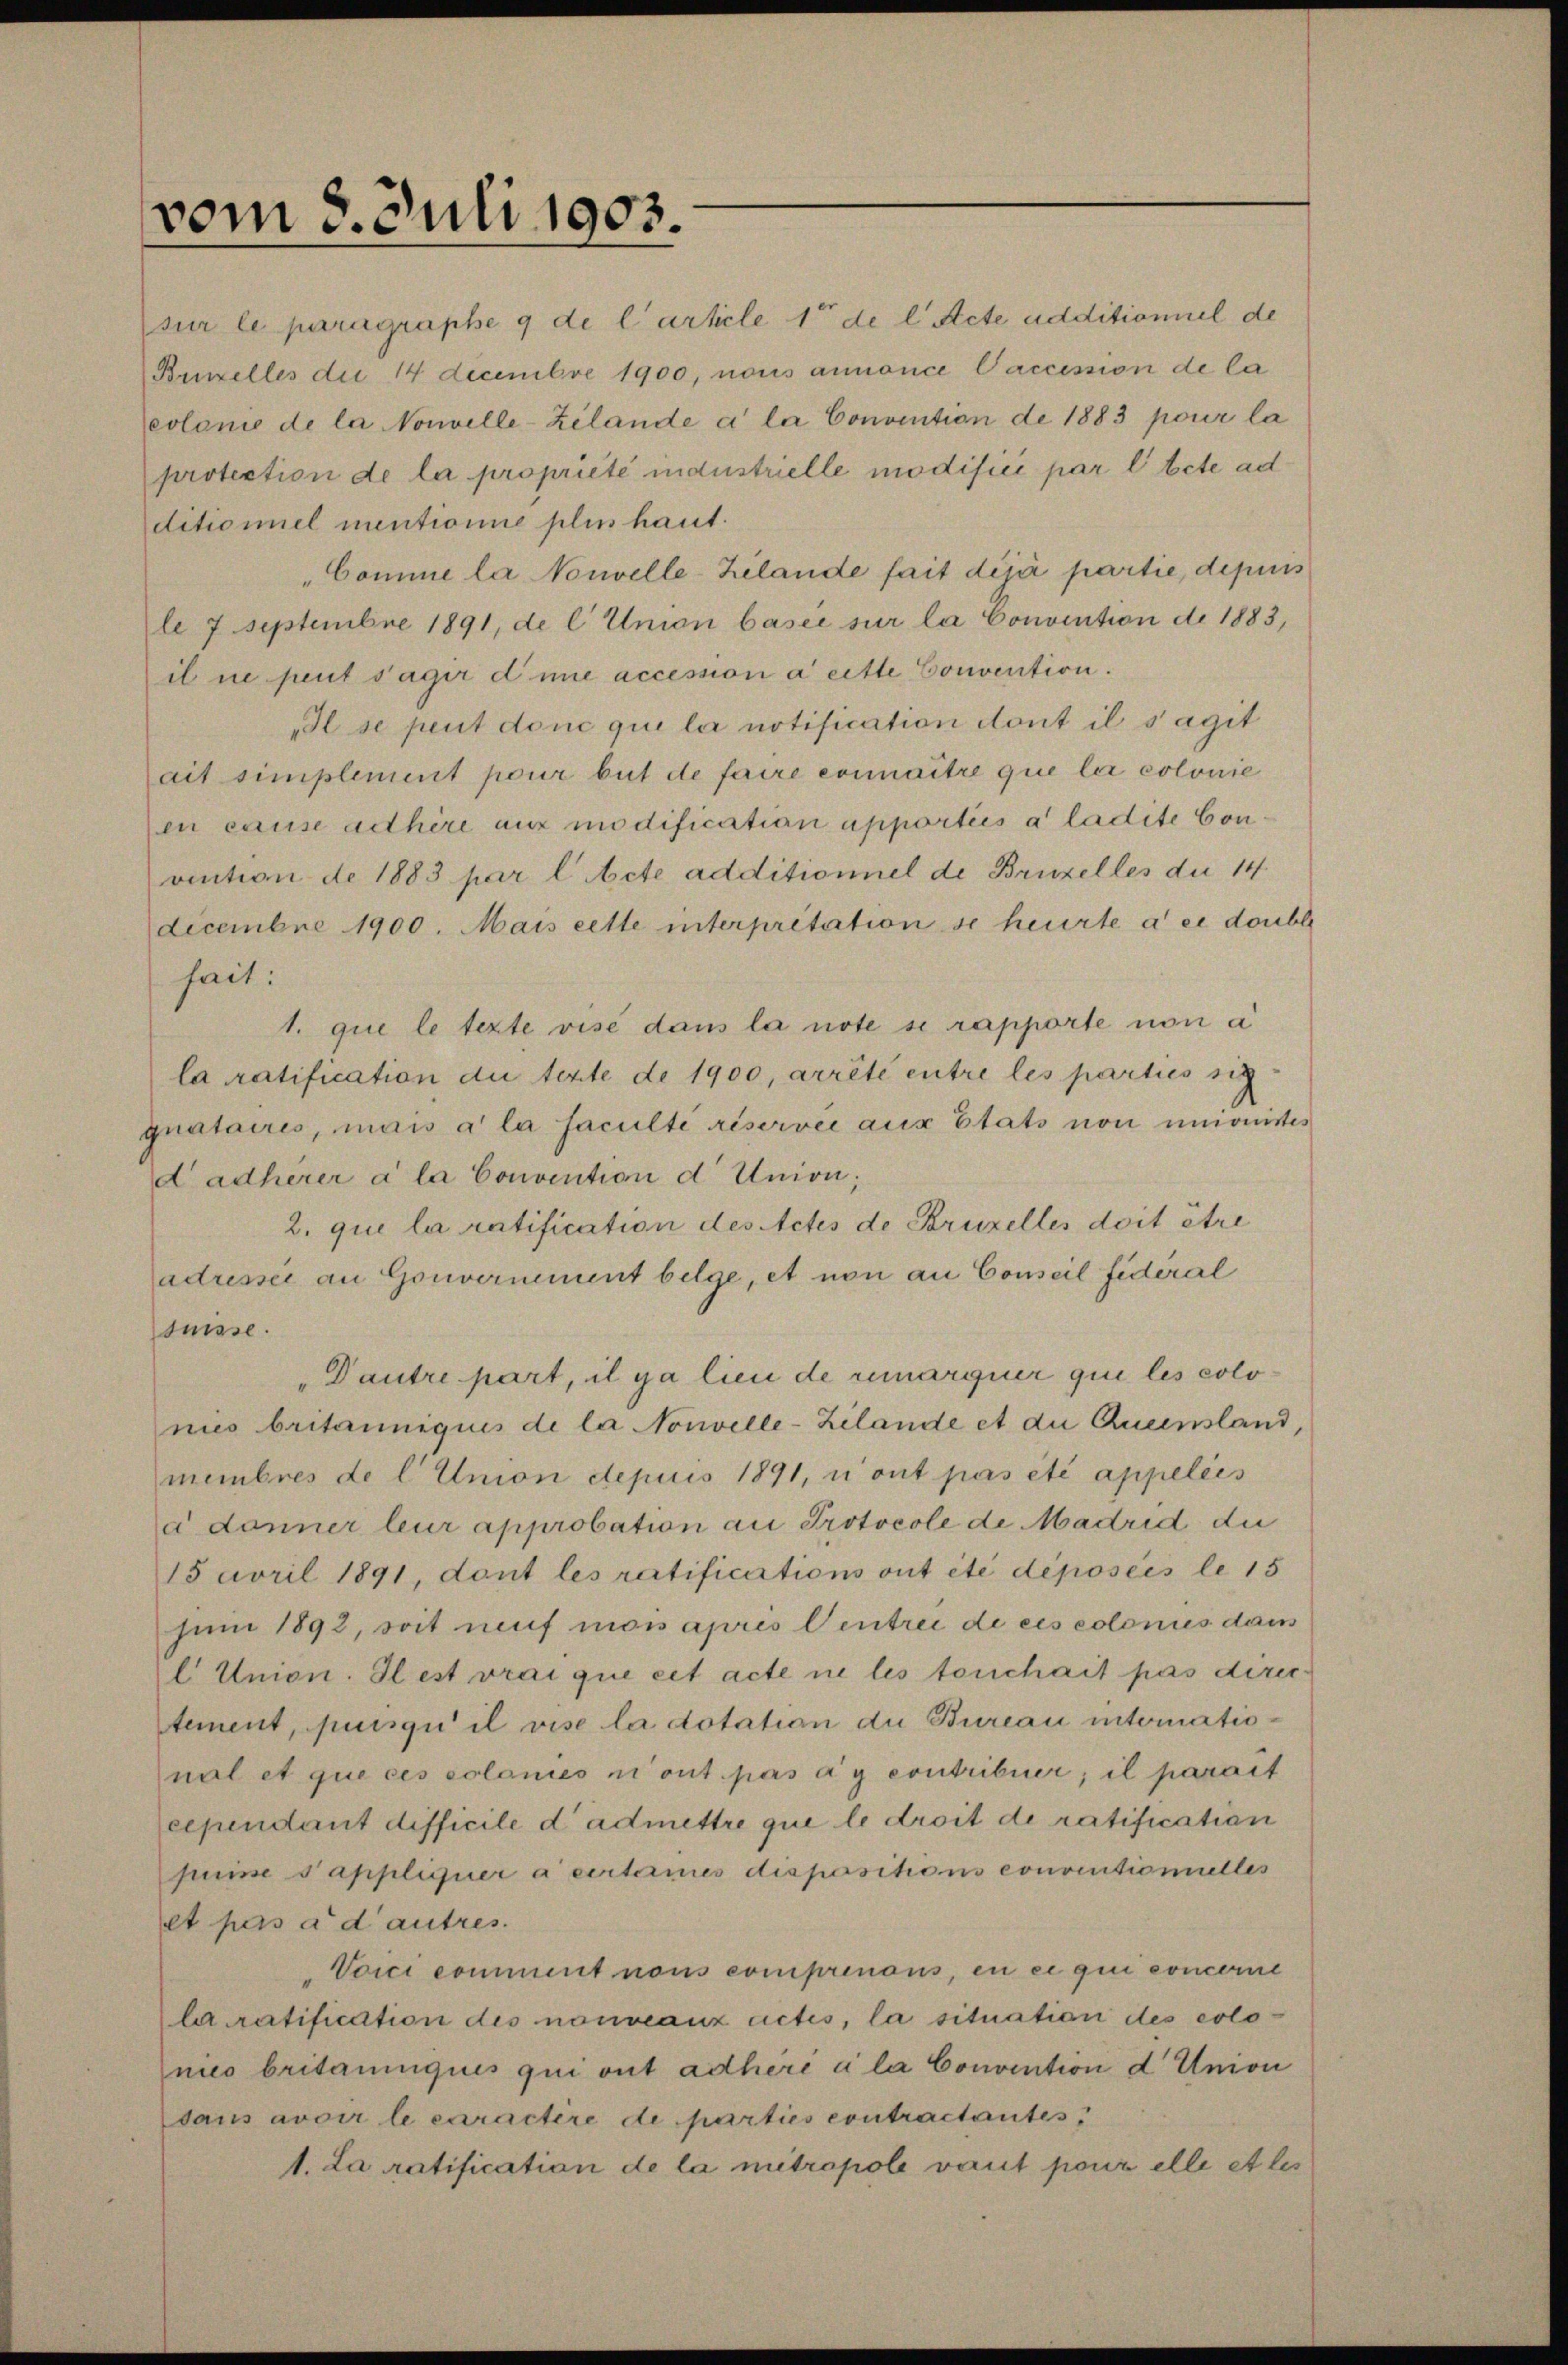
vom 8. Juli 1903.

ditioniel mentionie plus haut.
il ne peut s’agir die accession aeitte Convention.
„Il se peut donc qui la notification dont il s’agit
ait simplement pour but de faire erinaitre que la colonie
en cause adhire aus modificatian apportiis a ladite Convention de 1883 par l. Acte additionnel de Bruzelles die 14
Licembre 1900. Mais cette interpretation so heurte à ce doubl
hait:
1. que le texte visé dans la note se rapporte non a
la ratification du texte de 1900, arrêté entre les parties sic
quataires, mais a la faculté réservée aus Etats non unionister
dadherer a la Convention d. Union;
2. qui la ratification des Actes de Bruzelles doit être
adresser an Gouvernement beige, et non an Conseil fidéral
suisse.
Dautre part, il ja lieu de remarquer qui les colonies britanniquis de la Nouvelle-Kilande et die Queensland,
membres de l. Union depuis 1891, n’ont pas été appelées
a donner leur approbation an Protocole de Madrid die
15 April 1891, dont les ratifications ont été déposées le 15
juni 1892, soit neuf mon après Centrei de ces colonies dans
l Union. Il est vrai que cet acte ne les touchait pas direc
tement, puisgi il vise la dotation du Bureau international et que ces colonies ni ont pas ag contribuer, il parait
cependant difficile d’admettre que le droit de ratification
puine sappliquer à certarmes dispositions conventionielles
et pas a d’autres.
Voici comment nous comprenons, en ce qui concerne
laratification des nouveaux actes, la situation des colonis britanquis qui ont achere a la Convention d Union
dans avoir le caractere de parties contractantes
1. La ratification de la mitropole vaut pour elle et les

sur le paragraphe 9 de l’article 1 de l. Acte additioniel de
Bunzelles die 14 Decembre 1900, nous annonce Vaccission de la
colonie de la Nouvelle-Zilande a la Convention de 1883 pour la
protection de la propriété industrielle modifici par l. bete ad
"Comme la Nouvelle-Zilande fait déjà partie, depuis
le 7 Septembre 1891, de l Union baser sur la Convention de 1883,